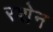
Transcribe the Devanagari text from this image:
रशेन